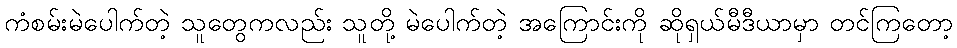
ကံစမ်းမဲပေါက်တဲ့ သူတွေကလည်း သူတို့ မဲပေါက်တဲ့ အကြောင်းကို ဆိုရှယ်မီဒီယာမှာ တင်ကြတော့